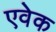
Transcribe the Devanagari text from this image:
एवेक